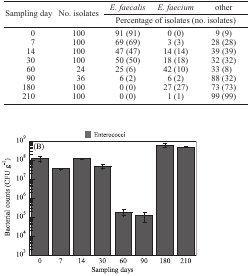
<table><thead><tr><td rowspan="3"><b>Sampling day</b></td><td rowspan="3"><b>No. isolates</b></td><td><b><i>E. faecalis</i></b></td><td><b><i>E. faecium</i></b></td><td><b>other</b></td></tr><tr><td colspan="3"><b>Percentage of isolates (no. isolates)</b></td></tr></thead><tbody><tr><td>0</td><td>100</td><td>91 (91)</td><td>0 (0)</td><td>9 (9)</td></tr><tr><td>7</td><td>100</td><td>69 (69)</td><td>3 (3)</td><td>28 (28)</td></tr><tr><td>14</td><td>100</td><td>47 (47)</td><td>14 (14)</td><td>39 (39)</td></tr><tr><td>30</td><td>100</td><td>50 (50)</td><td>18 (18)</td><td>32 (32)</td></tr><tr><td>60</td><td>24</td><td>25 (6)</td><td>42 (10)</td><td>33 (8)</td></tr><tr><td>90</td><td>36</td><td>6 (2)</td><td>6 (2)</td><td>88 (32)</td></tr><tr><td>180</td><td>100</td><td>0 (0)</td><td>27 (27)</td><td>73 (73)</td></tr><tr><td>210</td><td>100</td><td>0 (0)</td><td>1 (1)</td><td>99 (99)</td></tr></tbody></table>